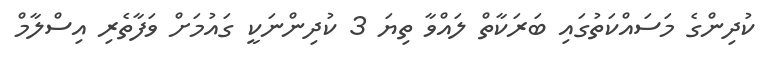
ކުދިންގެ މަސައްކަތުގައި ބަރަކާތް ލައްވާ ތިޔަ 3 ކުދިންނަކީ ގައުމަށް ވަފާތެރި އިސްލާމް